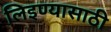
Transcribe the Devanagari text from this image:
लिइण्यासाठी